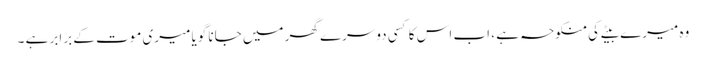
وہ میرے بیٹے کی منکوحہ ہے ، اب اس کا کسی دوسرے گھر میں جانا گویا میری موت کے برابر ہے ۔